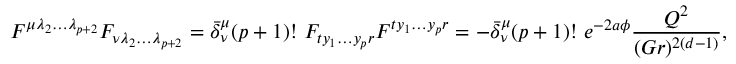
F ^ { \mu \lambda _ { 2 } \dots \lambda _ { p + 2 } } F _ { \nu \lambda _ { 2 } \dots \lambda _ { p + 2 } } = \bar { \delta } _ { \nu } ^ { \mu } ( p + 1 ) ! \ F _ { t y _ { 1 } \dots y _ { p } r } F ^ { t y _ { 1 } \dots y _ { p } r } = - \bar { \delta } _ { \nu } ^ { \mu } ( p + 1 ) ! \ e ^ { - 2 a \phi } { \frac { Q ^ { 2 } } { ( G r ) ^ { 2 ( d - 1 ) } } } ,